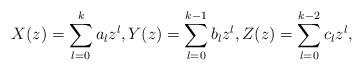
LaTeX: \begin{align*} X(z) = \sum_{l=0}^k a_l z^l, Y(z) = \sum_{l=0}^{k-1} b_l z^l, Z(z) = \sum_{l=0}^{k-2} c_l z^l, \end{align*}